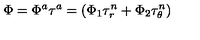
\Phi = \Phi ^ { a } \tau ^ { a } = \left( \Phi _ { 1 } \tau _ { r } ^ { n } + \Phi _ { 2 } \tau _ { \theta } ^ { n } \right) \